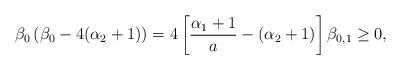
LaTeX: \begin{align*}\beta_0\left(\beta_0-4(\alpha_{2}+1)\right)=4\left[\frac{\alpha_{1}+1}{a}-(\alpha_{2}+1)\right]\beta_{0,1}\geq 0,\end{align*}